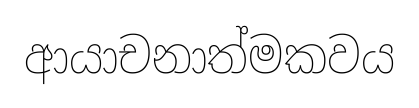
ආයාචනාත්මකවය